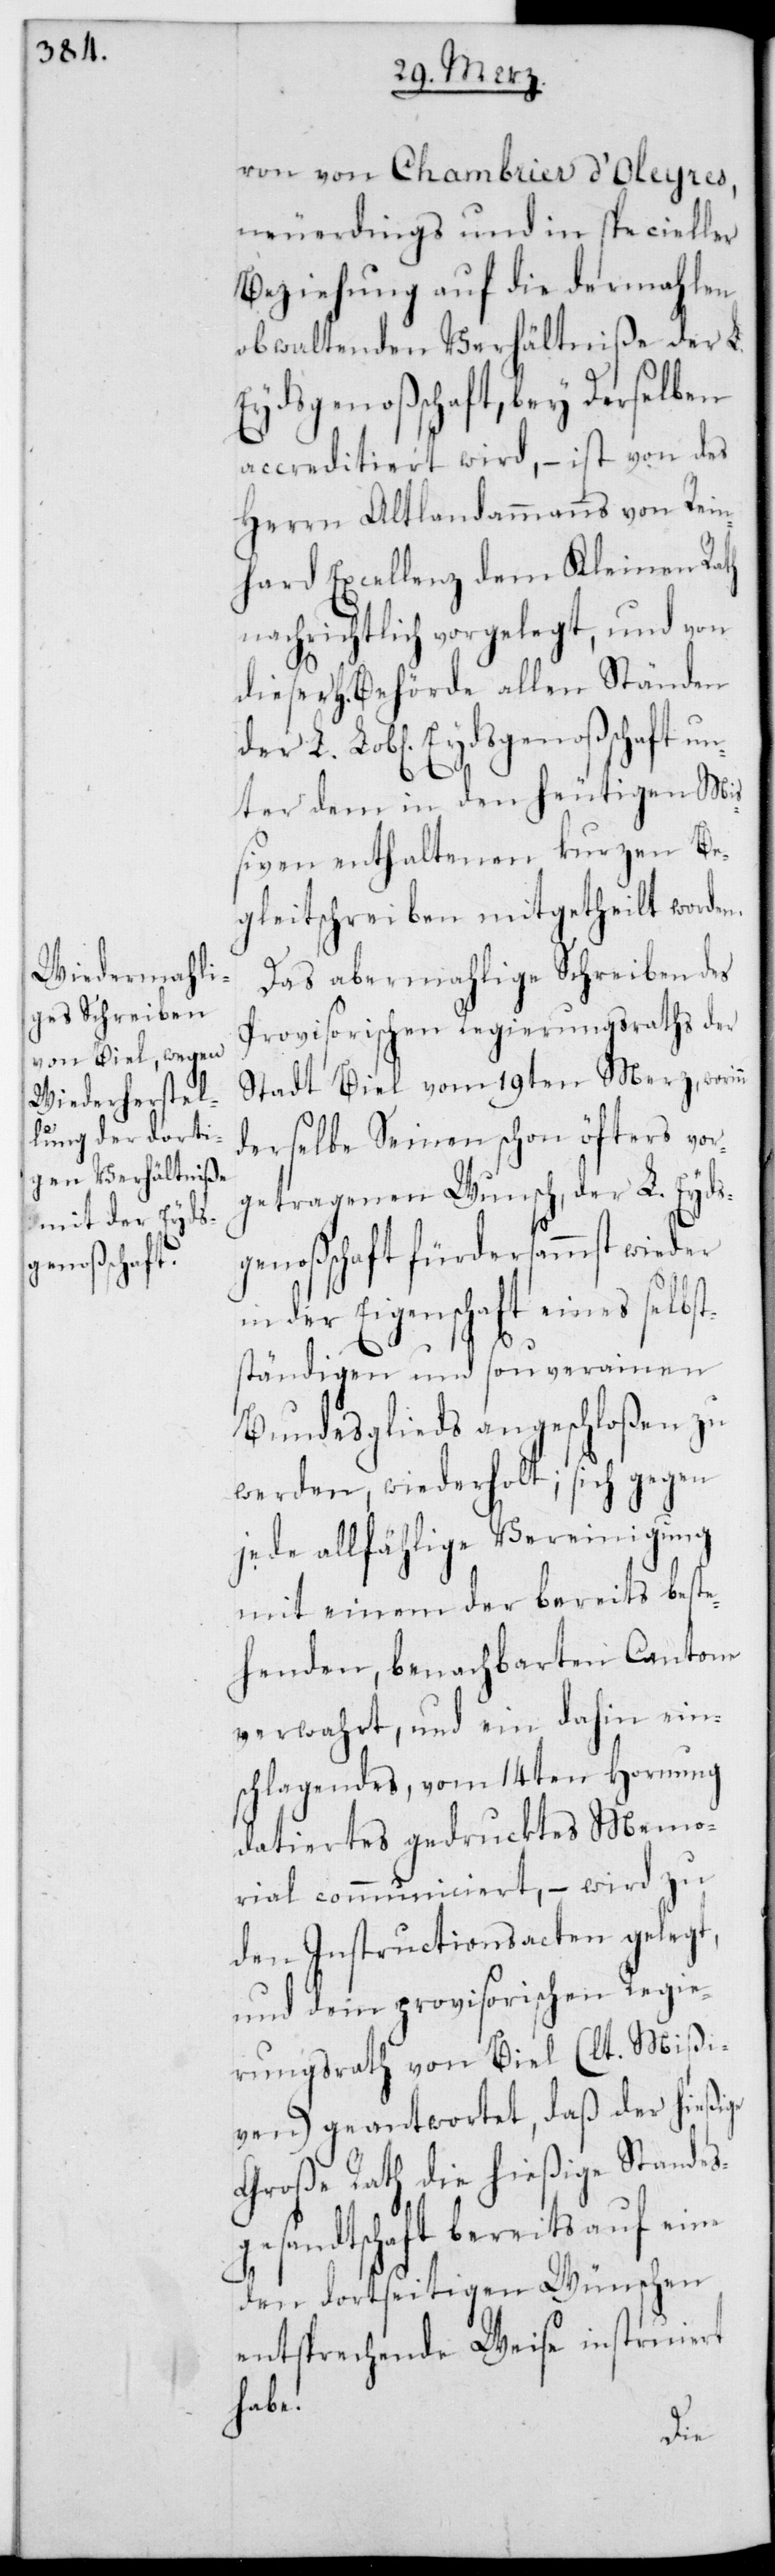
ron von Chambrier d’Oleyres,
neuerdings und in specieller
Beziehung auf die dermahlen
obwaltenden Verhältniße der L.
Eydsgenoßenschaft, bey derselben
accreditiert wird, – ist von des
Herrn Altlandammann von Rein¬
hard Excellenz dem Kleinen Rath
nachrichtlich vorgelegt, und von
dieser Behörde allen Ständen
der L. Eydsgenoßenschaft u¬
nter dem in den heutigen Mi¬
ßiven enthaltenen kurzen Be¬
gleitschreiben mitgetheilt worden.
Das abermalige Schreiben des
provisorischen Regierungsraths der
Stadt Biel vom 19ten Merz, worinn
derselbe seinen schon öfters vor¬
getragenen Wunsch, der L. Eyds¬
ßenschaft fürdersamst wieder
in der Eigenschaft eines selbs¬
tändigen und souverainen
Bundesglieds angeschloßen zu
werden, wiederholt; sich gegen
jede allfählige Vereinigung
mit einem der bereits best¬
ehenden, benachbarten Cantone
verwahrt, und ein dahin ein¬
schlagendes, vom 14ten Hornung
datiertes gedrucktes Memo¬
rial communiciert, – wird zu
den Instructionsacten gelegt,
und dem provisorischen Regie¬
rungsrath von Biel (lt. Mißi¬
ven) geantwortet, daß der hießige
Große Rath die hießige Standes¬
gesandtschaft bereits auf eine
den dortseitigen Wünschen
entsprechende Weise instruiert
habe.
geno¬